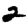
Digit: 2